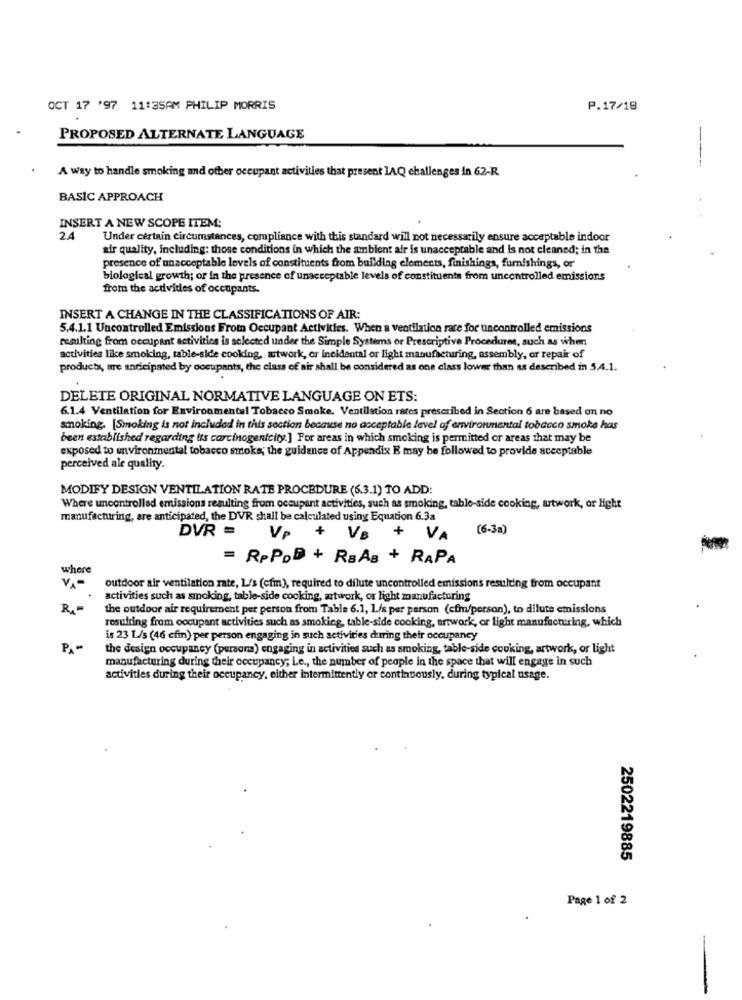
OCT 17 '97 11:35AM PHILIP MORRIS
P.17/19
PROPOSED ALTERNATE LANGUAGE
---
A way to handle smoking and other occupant activities that present IAQ challenges in 62-R.
BASIC APPROACH
INSERT A NEW SCOPE ITEM:
2.4
Under certain circumstances, compliance with this standard will not necessarily ensure acceptable indoor
air quality, including: those conditions in which the ambient air is unacceptable and is not cleaned; in the
presence of unacceptable levels of constituents from building elements, finishings, furnishings, or
biological growth; or in the presence of unacceptable levels of constituents from uncontrolled emissions
from the activities of occupants.
INSERT A CHANGE IN THE CLASSIFICATIONS OF AIR:
5.4.1.1 Uncontrolled Emissions From Occupant Activities. When a ventilation rare for uncontrolled emissions
resulting from occupant activities is selected under the Simple Systems or Prescriptive Procedures, such as when
activities like smoking, table-side cooking, artwork, or incidental or light manufacturing, assembly, or repair of
products, are anticipated by occupants, the class of air shall be considered as one class lower than as described in 5.4.1.
DELETE ORIGINAL NORMATIVE LANGUAGE ON ETS:
6.1.4 Ventilation for Environmental Tobacco Smoke. Ventilation rates prescribed in Section 6 are based on no
smoking. [Smoking is not included in this section because no acceptable level of environmental tobacco smoke has
been established regarding tis carcinogenicity.] For areas in which smoking is permitted or areas that may be
exposed to environmental tobacco smoke; the guidance of Appendix E may be followed to provide acceptable
perceived ale quality.
MODIFY DESIGN VENTILATION RATE PROCEDURE (6.3.1) TO ADD:
Where uncontrolled emissions resulting from occupant activities, such as smoking, table-side cooking, artwork, or Hight
manufacturing, are anticipated, the DVR shall be calculated using Equation 6.3a
DVR =
+
(6-3a)
VP
+ VB
VA
= RPPOD + RBAB + RAPA
where
outdoor air ventilation rate, L/s (cfm), required to dilute uncontrolled emissions resulting from occupant
activities such as smoking, table-side cooking, artwork, or light manufacturing
R.
the outdoor air requirement per person from Table 6.1, L/s per person (cfm/person), to dilute emissions
resulting from occupant activities such as smoking, table-side cooking, artwork, or light manufacturing, which
is 23 L/s (46 cfm) per person engaging in such activities during their occupancy
the design occupancy (persona) engaging in activities such as smoking, table-side cooking, artwork, or light
manufacturing during their occupancy; Le ., the number of people in the space that will engage in such
activities during their occupancy, either intermittently or continuously, during typical usage.
2502219885
Page 1 of 2